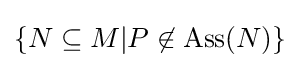
\{N\subseteq M|P\not \in \operatorname {Ass} (N)\}